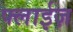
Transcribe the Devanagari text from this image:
फ्लाईज़